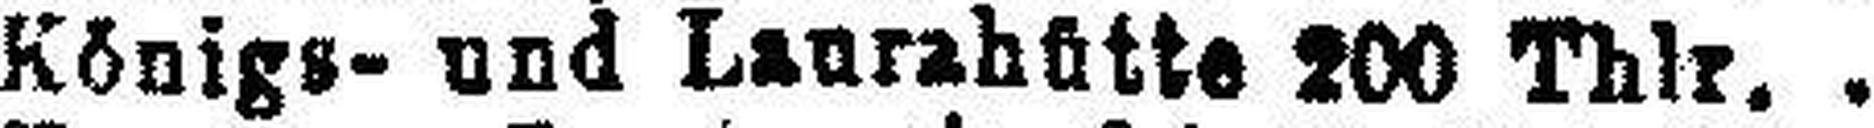
Königs- und Laurahütte 200 Thlr.